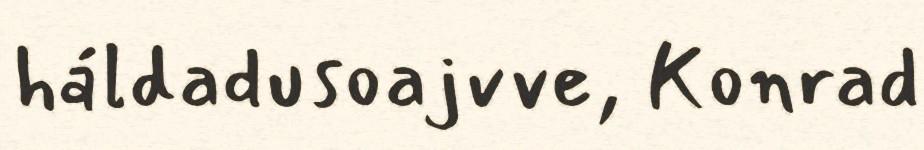
háldadusoajvve, Konrad